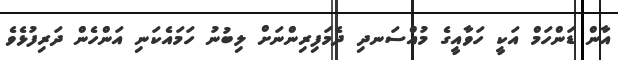
އާން ޑަންހަމް އަކީ ހަވާއީގެ މުއްސަނދި ދެމަފިރިންނަށް ލިބުނު ހަމައެކަނި އަންހެން ދަރިފުޅެވެ